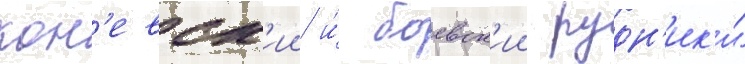
кон'евск'ии и́ боевск'ии рудн'ик'и́